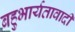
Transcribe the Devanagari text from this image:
बहुभार्यतावादी